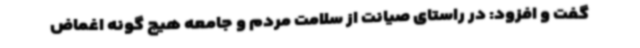
گفت و افزود: در راستای صیانت از سلامت مردم و جامعه هیچ گونه اغماض